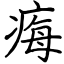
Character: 痗